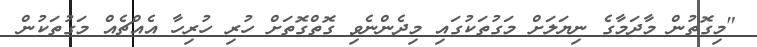
"މިގޮތުން މާދަމާގެ ނިޔަލަށް މަގުތަކުގައި މިދެންނެވި ގޮތްގޮތަށް ހުރި ހުރިހާ އެއްޗެއް މަގުތަކުން